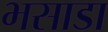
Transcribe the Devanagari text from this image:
भसाडा